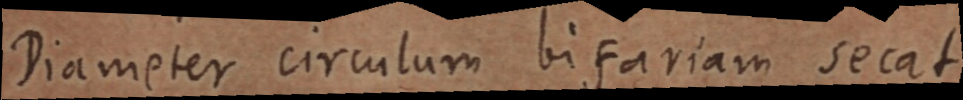
Diameter circulum bifariam secat